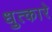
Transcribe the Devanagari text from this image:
धुत्कारे